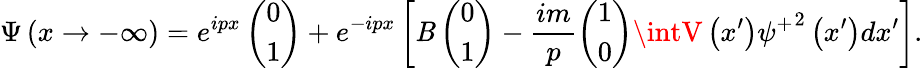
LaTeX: \Psi\left(x\rightarrow-\infty\right)=e^{ipx}\left(\begin{array}{c}{{0}}\\ {{1}}\end{array}\right)+e^{-ipx}\left[\mathit{B}\left(\begin{array}{c}{{0}}\\ {{1}}\end{array}\right)-\frac{{im}}{p}\left(\begin{array}{c}{{1}}\\ {{0}}\end{array}\right)\intV\left(x^{\prime}\right){\psi^{+}}^{2}\left(x^{\prime}\right)dx^{\prime}\right].